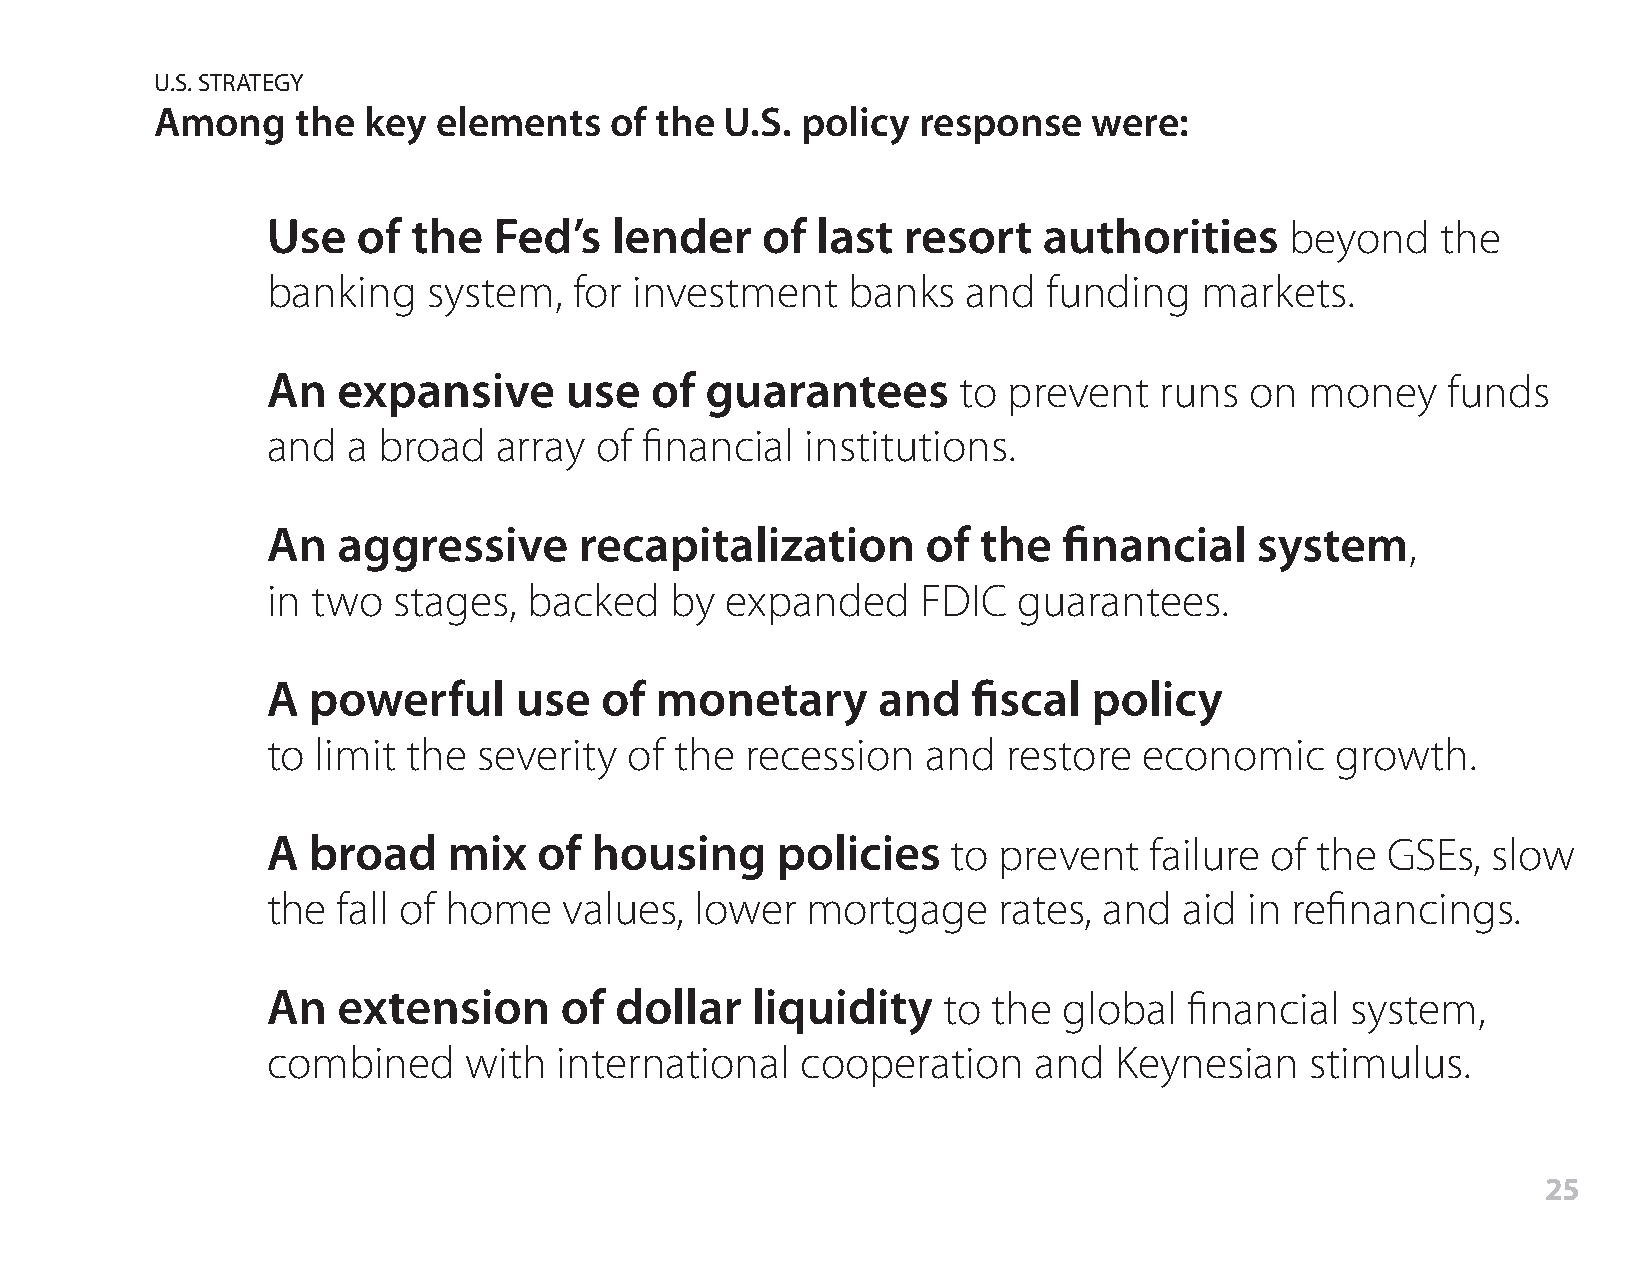
U.S. STRATEGY
 Among     the key  elements   of the  U.S. policy  response   were:
 Use   of the   Fed’s  lender    of  last  resort   authorities     beyond    the
 banking   system,   for investment    banks   and  funding   markets.
 An  expansive      use   of  guarantees      to  prevent   runs  on  money    funds
 and  a broad   array of financial  institutions.
 An  aggressive      recapitalization       of  the  financial    system,
 in two  stages,  backed   by  expanded     FDIC  guarantees.
 A powerful      use   of monetary       and   fiscal  policy
 to limit the  severity  of the recession   and   restore  economic    growth.
 A broad     mix   of housing     policies    to prevent   failure of the  GSEs,  slow
 the fall of home   values,  lower  mortgage     rates, and  aid  in refinancings.
 An  extension      of  dollar   liquidity   to  the global   financial system,
 combined     with  international   cooperation    and   Keynesian    stimulus.
 25